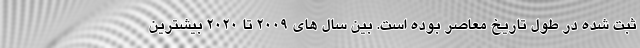
ثبت شده در طول تاریخ معاصر بوده است. بین سال های ۲۰۰۹ تا ۲۰۲۰ بیشترین